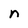
Character: n